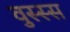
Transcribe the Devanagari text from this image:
वुस्स्स